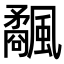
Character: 𩙅